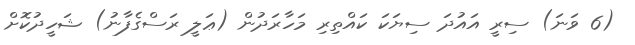
(6 ވަނަ) ސިރީ އައުދަ ސިޔަކަ ކައްތިރި މަހާރަދުން (ޢަލީ ރަސްގެފާނު) ޝަހީދުކޮށް